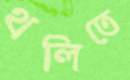
থলিতে